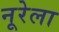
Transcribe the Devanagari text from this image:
नूरेला